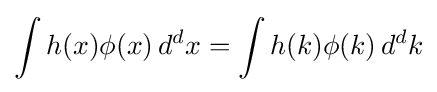
\int h(x)\phi (x)\,d^{d}x=\int h(k)\phi (k)\,d^{d}k